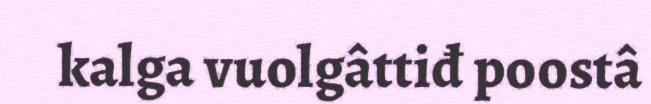
kalga vuolgâttiđ poostâ